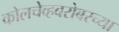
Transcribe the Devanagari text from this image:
कोलचेव्हबरोबरच्या